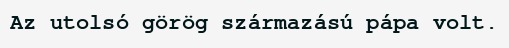
Az utolsó görög származású pápa volt.